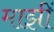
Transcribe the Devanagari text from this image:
माझीं